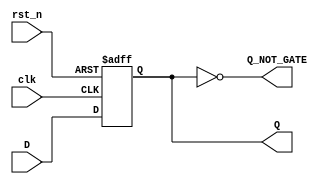
module D_FF (
	input wire clk,
	input wire rst_n,
	input wire D,
	output reg Q,
	output wire Q_NOT_GATE
);

	assign Q_NOT_GATE = ~Q;

	always @(posedge clk or negedge rst_n) begin
		if(~rst_n) begin
			Q <= 1'd0;
		end else begin
			Q <= D;
		end
	end


endmodule